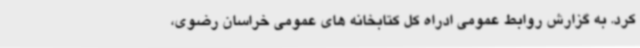
کرد. به گزارش روابط عمومی ادراه کل کتابخانه های عمومی خراسان رضوی،